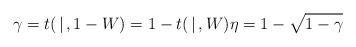
LaTeX: \begin{align*}\gamma=t(\,|\,, 1-W)=1-t(\,|\,, W) \eta=1-\sqrt{1-\gamma}\end{align*}